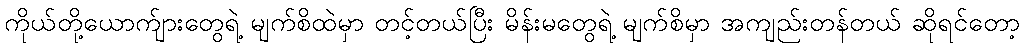
ကိုယ်တို့ယောက်ျားတွေရဲ့ မျက်စိထဲမှာ တင့်တယ်ပြီး မိန်းမတွေရဲ့ မျက်စိမှာ အကျည်းတန်တယ် ဆိုရင်တော့